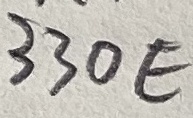
Text: 330E